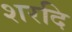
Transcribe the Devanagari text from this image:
शरदि